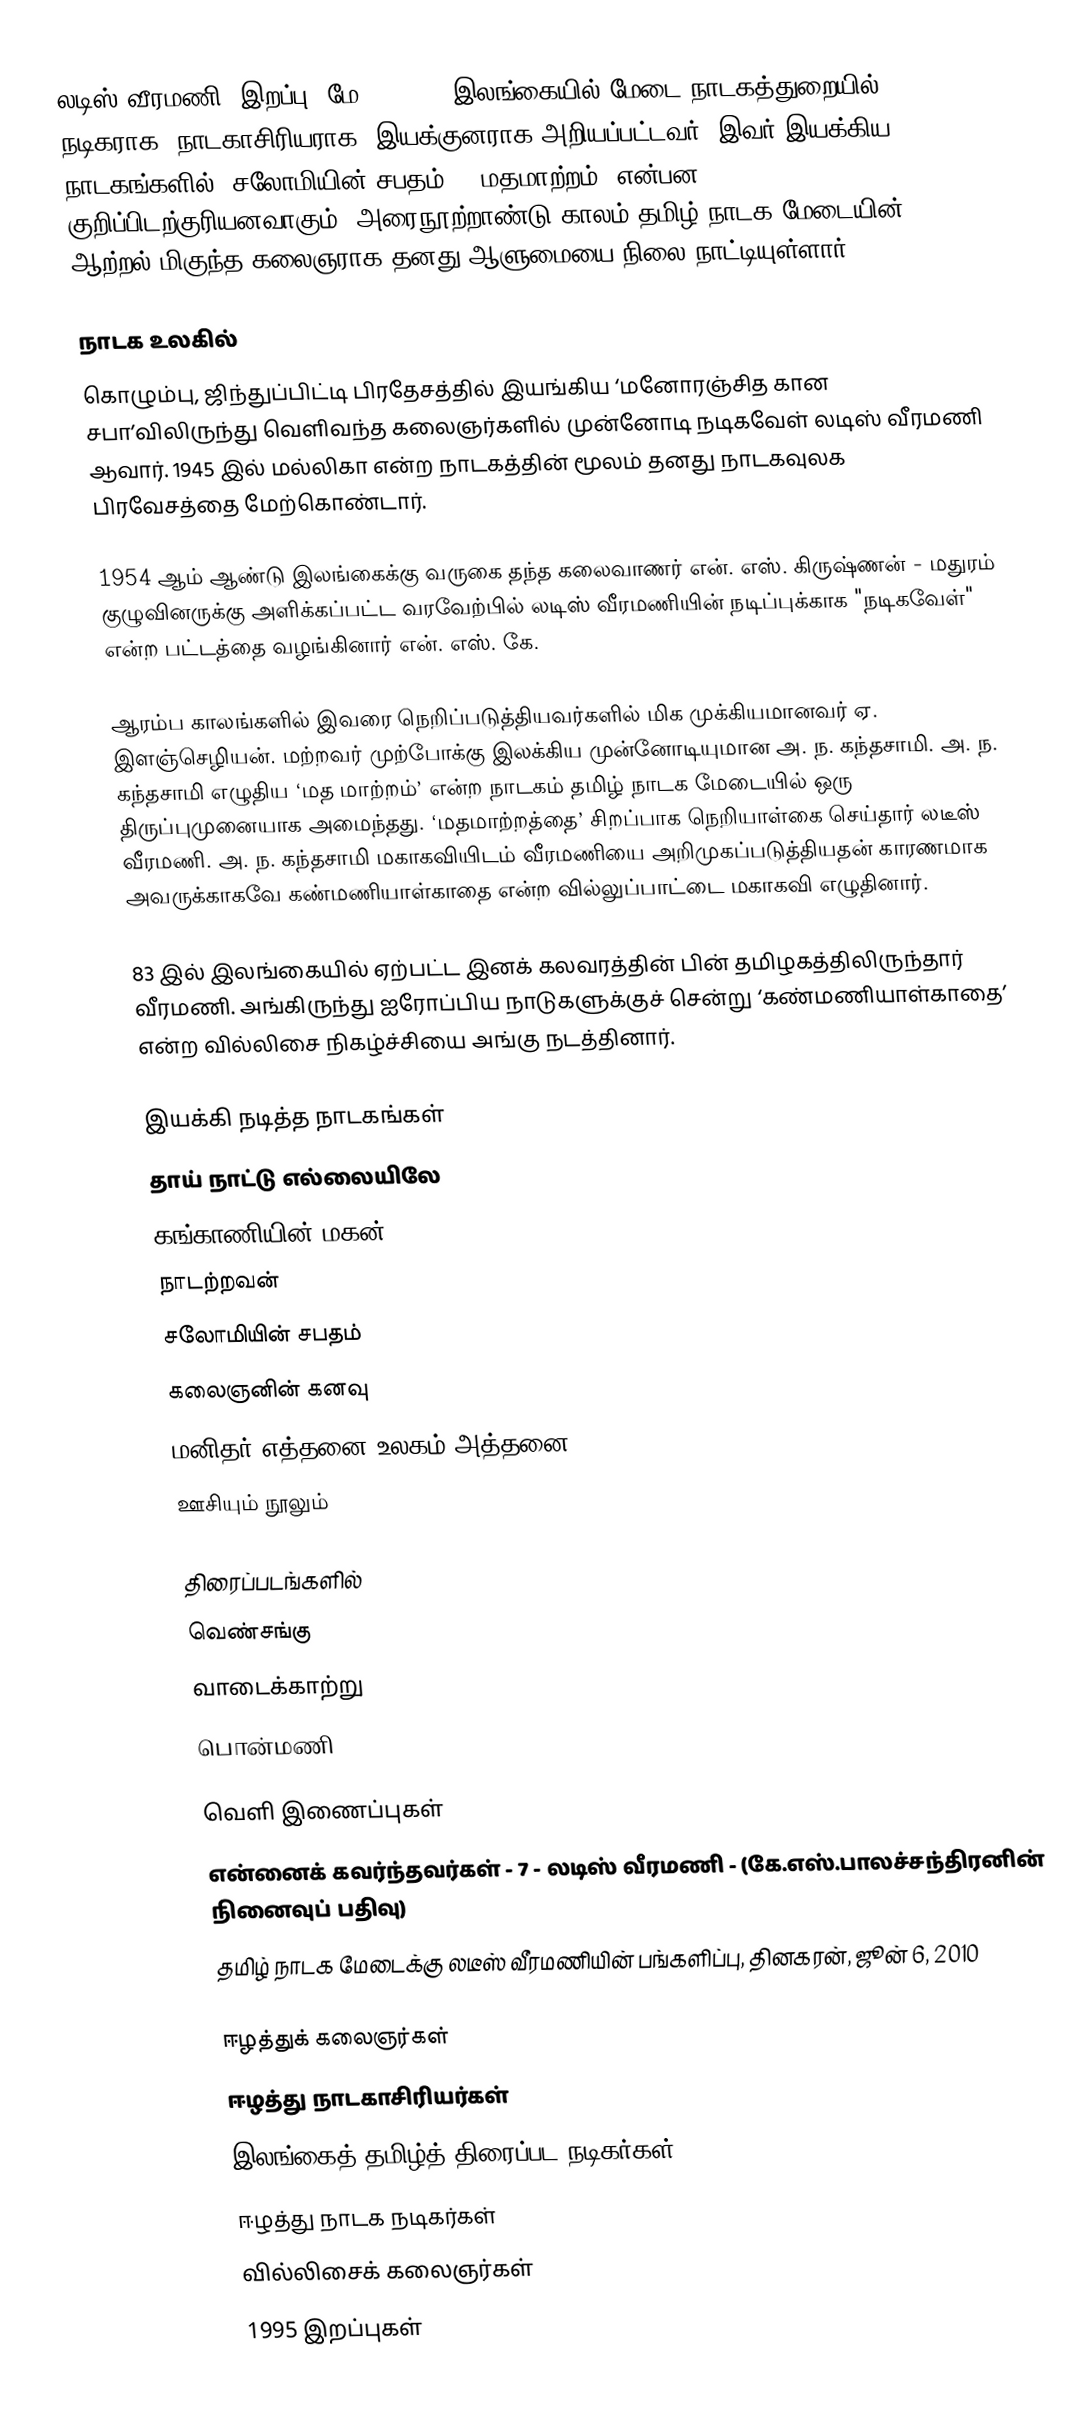
லடிஸ் வீரமணி (இறப்பு: மே 5, 1995) இலங்கையில் மேடை நாடகத்துறையில் நடிகராக, நாடகாசிரியராக, இயக்குனராக அறியப்பட்டவர். இவர் இயக்கிய நாடகங்களில் 'சலோமியின் சபதம்', 'மதமாற்றம்' என்பன குறிப்பிடற்குரியனவாகும். அரைநூற்றாண்டு காலம் தமிழ் நாடக மேடையின் ஆற்றல் மிகுந்த கலைஞராக தனது ஆளுமையை நிலை நாட்டியுள்ளார்.

நாடக உலகில்
கொழும்பு, ஜிந்துப்பிட்டி பிரதேசத்தில் இயங்கிய ‘மனோரஞ்சித கான சபா’விலிருந்து வெளிவந்த கலைஞர்களில் முன்னோடி நடிகவேள் லடிஸ் வீரமணி ஆவார். 1945 இல் மல்லிகா என்ற நாடகத்தின் மூலம் தனது நாடகவுலக பிரவேசத்தை மேற்கொண்டார்.

1954 ஆம் ஆண்டு இலங்கைக்கு வருகை தந்த கலைவாணர் என். எஸ். கிருஷ்ணன் - மதுரம் குழுவினருக்கு அளிக்கப்பட்ட வரவேற்பில் லடிஸ் வீரமணியின் நடிப்புக்காக "நடிகவேள்" என்ற பட்டத்தை வழங்கினார் என். எஸ். கே.

ஆரம்ப காலங்களில் இவரை நெறிப்படுத்தியவர்களில் மிக முக்கியமானவர் ஏ. இளஞ்செழியன். மற்றவர் முற்போக்கு இலக்கிய முன்னோடியுமான அ. ந. கந்தசாமி. அ. ந. கந்தசாமி எழுதிய ‘மத மாற்றம்’ என்ற நாடகம் தமிழ் நாடக மேடையில் ஒரு திருப்புமுனையாக அமைந்தது. ‘மதமாற்றத்தை’ சிறப்பாக நெறியாள்கை செய்தார் லடீஸ் வீரமணி. அ. ந. கந்தசாமி மகாகவியிடம் வீரமணியை அறிமுகப்படுத்தியதன் காரணமாக அவருக்காகவே கண்மணியாள்காதை என்ற வில்லுப்பாட்டை மகாகவி எழுதினார்.

83 இல் இலங்கையில் ஏற்பட்ட இனக் கலவரத்தின் பின் தமிழகத்திலிருந்தார் வீரமணி. அங்கிருந்து ஐரோப்பிய நாடுகளுக்குச் சென்று ‘கண்மணியாள்காதை’ என்ற வில்லிசை நிகழ்ச்சியை அங்கு நடத்தினார்.

இயக்கி நடித்த நாடகங்கள்
 தாய் நாட்டு எல்லையிலே
 கங்காணியின் மகன்
 நாடற்றவன்
 சலோமியின் சபதம்
 கலைஞனின்  கனவு
 மனிதர் எத்தனை உலகம் அத்தனை
 ஊசியும் நூலும்

திரைப்படங்களில்
 வெண்சங்கு
 வாடைக்காற்று
 பொன்மணி

வெளி இணைப்புகள்
 என்னைக் கவர்ந்தவர்கள் -  7 - லடிஸ் வீரமணி  - (கே.எஸ்.பாலச்சந்திரனின் நினைவுப் பதிவு)
தமிழ் நாடக மேடைக்கு லடீஸ் வீரமணியின் பங்களிப்பு, தினகரன், ஜூன் 6, 2010

ஈழத்துக் கலைஞர்கள்
ஈழத்து நாடகாசிரியர்கள்
இலங்கைத் தமிழ்த் திரைப்பட நடிகர்கள்
ஈழத்து நாடக நடிகர்கள்
வில்லிசைக் கலைஞர்கள்
1995 இறப்புகள்